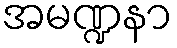
အမဏ္ဍနာ